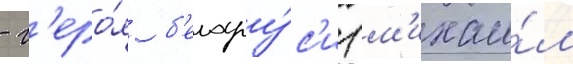
- г'еро́я б'елару́с'и (м'ихаи́л